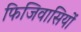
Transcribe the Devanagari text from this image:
फिजिवासियों